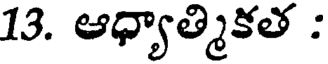
13. ఆధ్యాత్మికత :